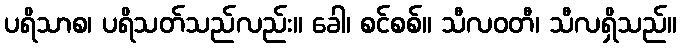
ပရိသာစ၊ ပရိသတ်သည်လည်း။ ခေါ၊ စင်စစ်။ သီလဝတီ၊ သီလရှိသည်။